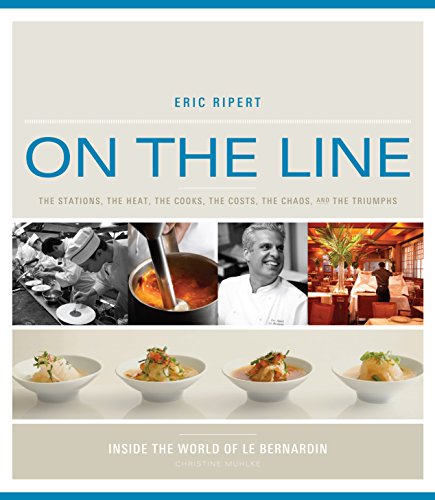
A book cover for On the Line; Eric Ripert; Cookbooks, Food & Wine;